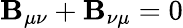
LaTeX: \mathbf{B}_{\mu\nu}+\mathbf{B}_{\nu\mu}=0